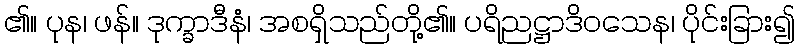
၏။ ပုန၊ ဖန်။ ဒုက္ခာဒီနံ၊ အစရှိသည်တို့၏။ ပရိညဋ္ဌာဒိဝသေန၊ ပိုင်းခြား၍